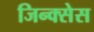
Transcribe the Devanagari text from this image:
जिन्क्सेस